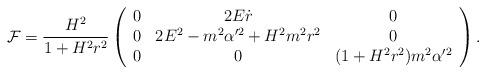
LaTeX: \begin{align*}{\cal F}=\frac{H^2}{1+H^2r^2} \left( \begin{array}{ccc}0 & 2E\dot{r} & 0 \\ 0 & 2E^2-m^2\alpha'^2+H^2m^2 r^2 & 0\\ 0 & 0 & (1+H^2r^2)m^2\alpha'^2 \end{array}\right).\end{align*}